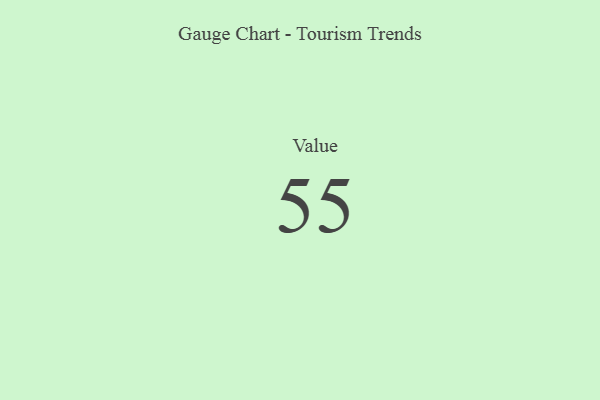
{"axis": {"x": "Metric", "y": "Value"}, "legend": [""], "data": [{"x": "Value", "y": 55, "type": ""}]}